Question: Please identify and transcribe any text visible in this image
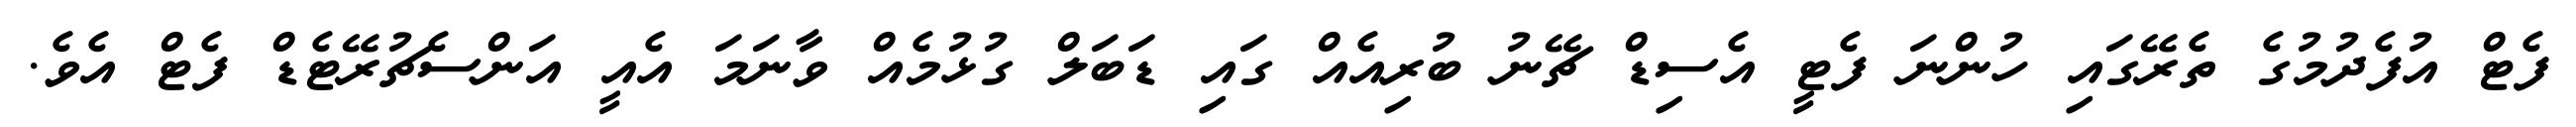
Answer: ފެޓް އުފެދުމުގެ ތެރޭގައި ހުންނަ ފެޓީ އެސިޑް ޗޭނު ބުރިއެއް ގައި ޑަބަލް ގުޅުމެއް ވާނަމަ އެއީ އަންސެޗުރޭޓެޑް ފެޓް އެވެ.